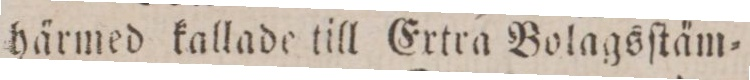
härmed kallade till Extra Bolagsſtäm=